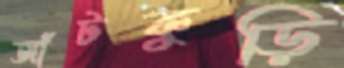
আঁটকুড়ি